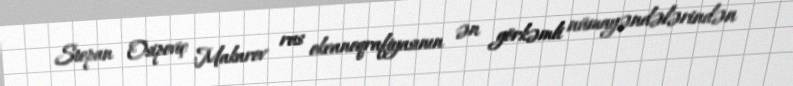
Stepan Osipoviç Makarov rus okeanoqrafiyasının ən görkəmli nümayəndələrindən